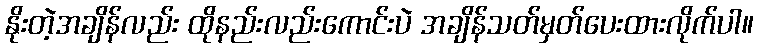
နိုးတဲ့အချိန်လည်း ထိုနည်းလည်းကောင်းပဲ အချိန်သတ်မှတ်ပေးထားလိုက်ပါ။